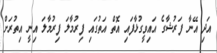
އަދި އޭނާ ފަރުޝާގެ އައިވީގުޅާފައި އޮތް އަތުގައި ފިރުމާލަ ފިރުމާލަ އިނީ އިތުރަށް